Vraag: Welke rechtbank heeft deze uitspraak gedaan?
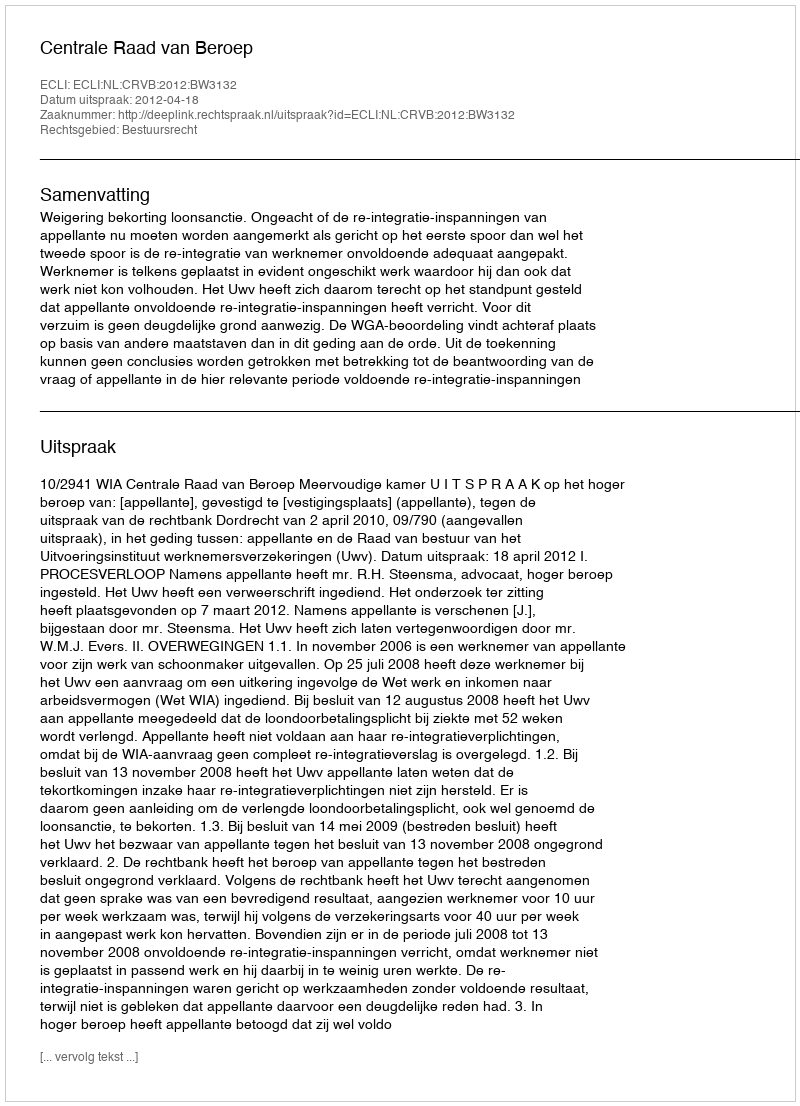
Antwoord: Centrale Raad van Beroep